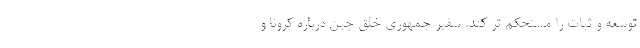
توسعه و ثبات را مستحکم تر کند. سفیر جمهوری خلق چین درباره کرونا و